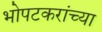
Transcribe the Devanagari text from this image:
भोपटकरांच्या